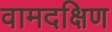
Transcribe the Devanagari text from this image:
वामदक्षिण